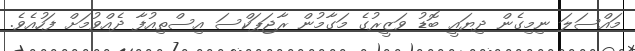
މައްސަލަ ނިމިގެން ދިޔައީ ބޮޑު ވަޒީރުގެ މަގާމުން ރާޖަޕަކްސަ އިސްތިއުފާ ދެއްވުމަށް ފަހުއެވެ.